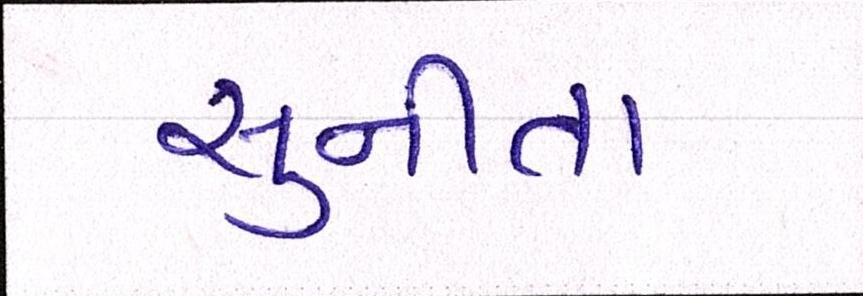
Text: સુનીતા